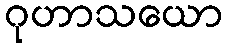
ဂုဟာသယော